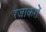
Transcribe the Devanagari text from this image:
रजाकरों